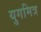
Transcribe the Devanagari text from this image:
युगमित्र